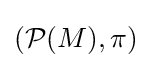
\left({\mathcal {P}}(M),\pi \right)